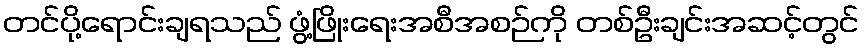
တင်ပို့ရောင်းချရသည် ဖွံ့ဖြိုးရေးအစီအစဉ်ကို တစ်ဦးချင်းအဆင့်တွင်